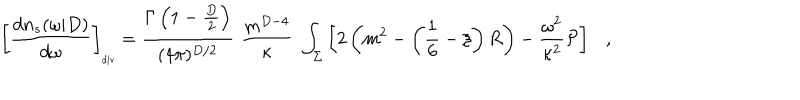
\left[ { \frac { d n _ { s } ( \omega | D ) } { d \omega } } \right] _ { \tiny \mathrm { d i v } } = { \frac { \Gamma \left( 1 - \frac D 2 \right) } { ( 4 \pi ) ^ { D / 2 } } } \, \, { \frac { m ^ { D - 4 } } { \kappa } } \, \, \int _ { \Sigma } \left[ 2 \left( m ^ { 2 } - \left( \frac 1 6 - \xi \right) R \right) - { \frac { \omega ^ { 2 } } { \kappa ^ { 2 } } } { \cal P } \right] ,